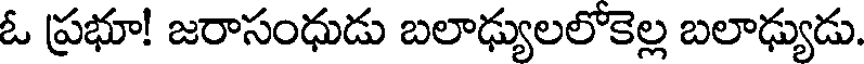
ఓ ప్రభూ! జరాసంధుడు బలాఢ్యులలోకెల్ల బలాఢ్యుడు.